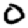
Digit: 0